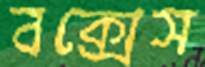
বক্সেস